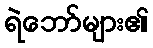
ရဲဘော်များ၏